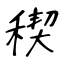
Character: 稧